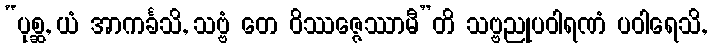
“ပုစ္ဆ, ယံ အာကင်္ခသိ, သဗ္ဗံ တေ ဝိဿဇ္ဇေဿာမီ”တိ သဗ္ဗညုပဝါရဏံ ပဝါရေသိ,